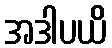
အဒါပယိ